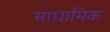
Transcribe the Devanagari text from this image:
माधामिक